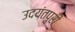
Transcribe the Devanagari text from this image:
उदयंतपुरी